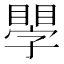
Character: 𥊐